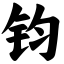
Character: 钧